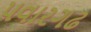
પવારગઢ